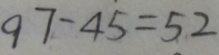
9 7 - 4 5 = 5 2